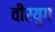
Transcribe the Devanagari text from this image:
वीरयुग